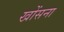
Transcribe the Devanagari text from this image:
खोंसना